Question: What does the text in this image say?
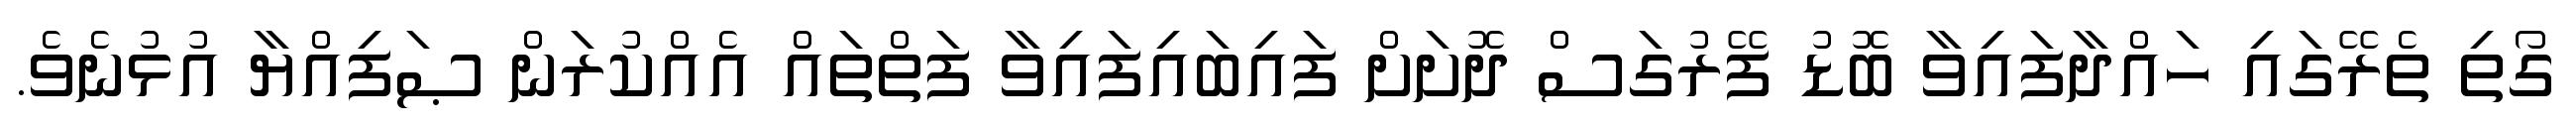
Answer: ގޯތި ތެރޭގައި ހައްދާފައިވާ ބޮޑު ފޭރުގަސް ދޮށަށް ފައިބައިފައިވާ ފަތްތައް އެއްކުރަން ޞަފިއްޔާ އުޅުނެވެ.